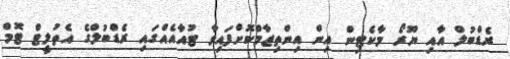
ރެޑްބުލް އާއި ޔޫރޯ މާކެޓިން އިން އިންތިޒާމްކޮށްފައިވާ ޓުއާއެއްގައި ރެޑްބުލްގެ އެތުލީޓް ޓޮމް